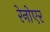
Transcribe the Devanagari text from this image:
रेनोएर